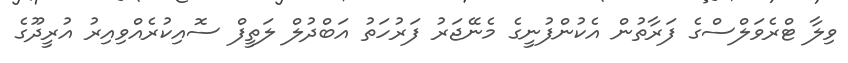
ވިލާ ޓްރެވަލްސްގެ ފަރާތުން އެކުންފުނީގެ މެނޭޖަރު ފަރުހަތު އަބްދުލް ލަތީފް ސޮއިކުރެއްވިއިރު އުރީދޫގެ